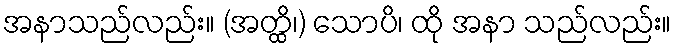
အနာသည်လည်း။ (အတ္ထိ၊) သောပိ၊ ထို အနာ သည်လည်း။